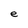
Character: e